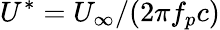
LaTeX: U^{*}=U_{\infty}/(2\pi f_{p}c)